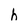
Character: h